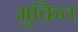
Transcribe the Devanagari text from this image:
मुक़ित